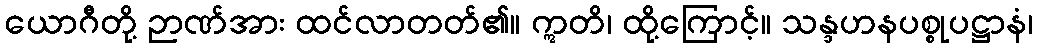
ယောဂီတို့ ဉာဏ်အား ထင်လာတတ်၏။ ဣတိ၊ ထို့ကြောင့်။ သန္ဒဟနပစ္စုပဋ္ဌာနံ၊